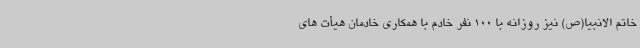
خاتم الانبیا(ص) نیز روزانه با 100 نفر خادم با همکاری خادمان هیأت های